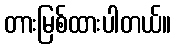
တားမြစ်ထားပါတယ်။